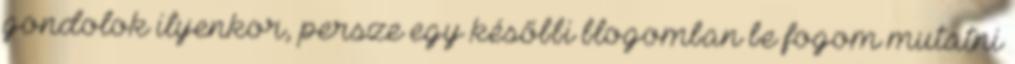
gondolok ilyenkor, persze egy későbbi blogomban be fogom mutatni